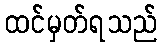
ထင်မှတ်ရသည်